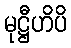
မုဋ္ဌီဟိပိ